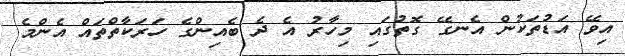
އިވޭ އަޑުތަކުން އެނގޭ ގޮތުގައި މިހާރު އެ ދެ ބެއިންގެ ހަރަކާތްތައް އެންމެ